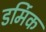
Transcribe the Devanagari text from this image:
डर्मिक